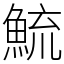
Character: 鯍